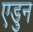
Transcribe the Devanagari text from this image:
एडुन